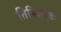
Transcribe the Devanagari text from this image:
तिनिशवृक्षः